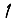
Digit: 1